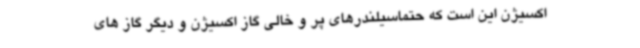
اکسیژن این است که حتماسیلندرهای پر و خالی گاز اکسیژن و دیگر گاز های